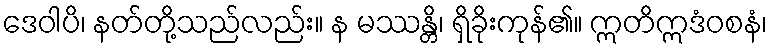
ဒေဝါပိ၊ နတ်တို့သည်လည်း။ န မဿန္တိ၊ ရှိခိုးကုန်၏။ ဣတိဣဒံဝစနံ၊